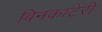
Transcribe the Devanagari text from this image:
बिनकाटेरी